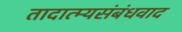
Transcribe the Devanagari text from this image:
तादात्म्यसंबंधवाद